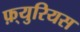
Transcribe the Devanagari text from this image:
फ़्युरियस